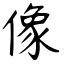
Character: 像